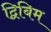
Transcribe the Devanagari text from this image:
द्विबिम